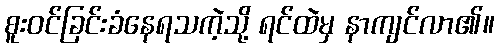
စူးဝင်ခြင်းခံနေရသကဲ့သို့ ရင်ထဲမှ နာကျင်လာ၏။